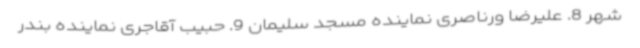
شهر 8. علیرضا ورناصری نماینده مسجد سلیمان 9. حبیب آقاجری نماینده بندر